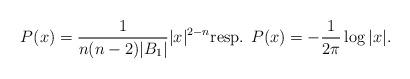
LaTeX: \begin{align*}P(x) = \frac{1}{n(n-2)|B_1|} |x|^{2-n}\mbox{resp. } P(x) = -\frac{1}{2\pi} \log |x|.\end{align*}